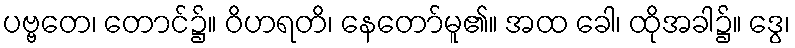
ပဗ္ဗတေ၊ တောင်၌။ ဝိဟရတိ၊ နေတော်မူ၏။ အထ ခေါ၊ ထိုအခါ၌။ ဒွေ၊